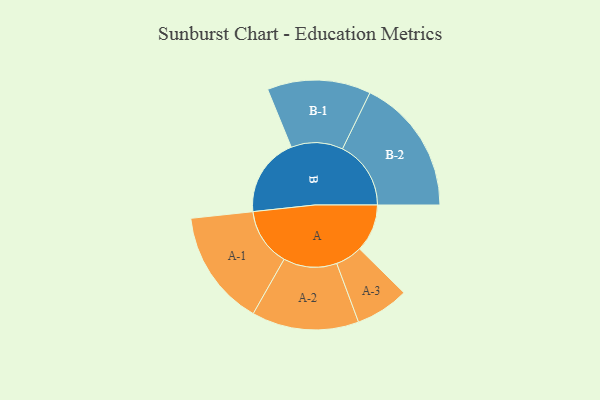
{"axis": {"x": "Segment", "y": "Value"}, "legend": ["", "A", "B"], "data": [{"x": "A", "y": 189, "type": ""}, {"x": "B", "y": 313, "type": ""}, {"x": "A-1", "y": 230, "type": "A"}, {"x": "A-2", "y": 212, "type": "A"}, {"x": "A-3", "y": 106, "type": "A"}, {"x": "B-1", "y": 205, "type": "B"}, {"x": "B-2", "y": 271, "type": "B"}]}